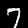
Label: 7